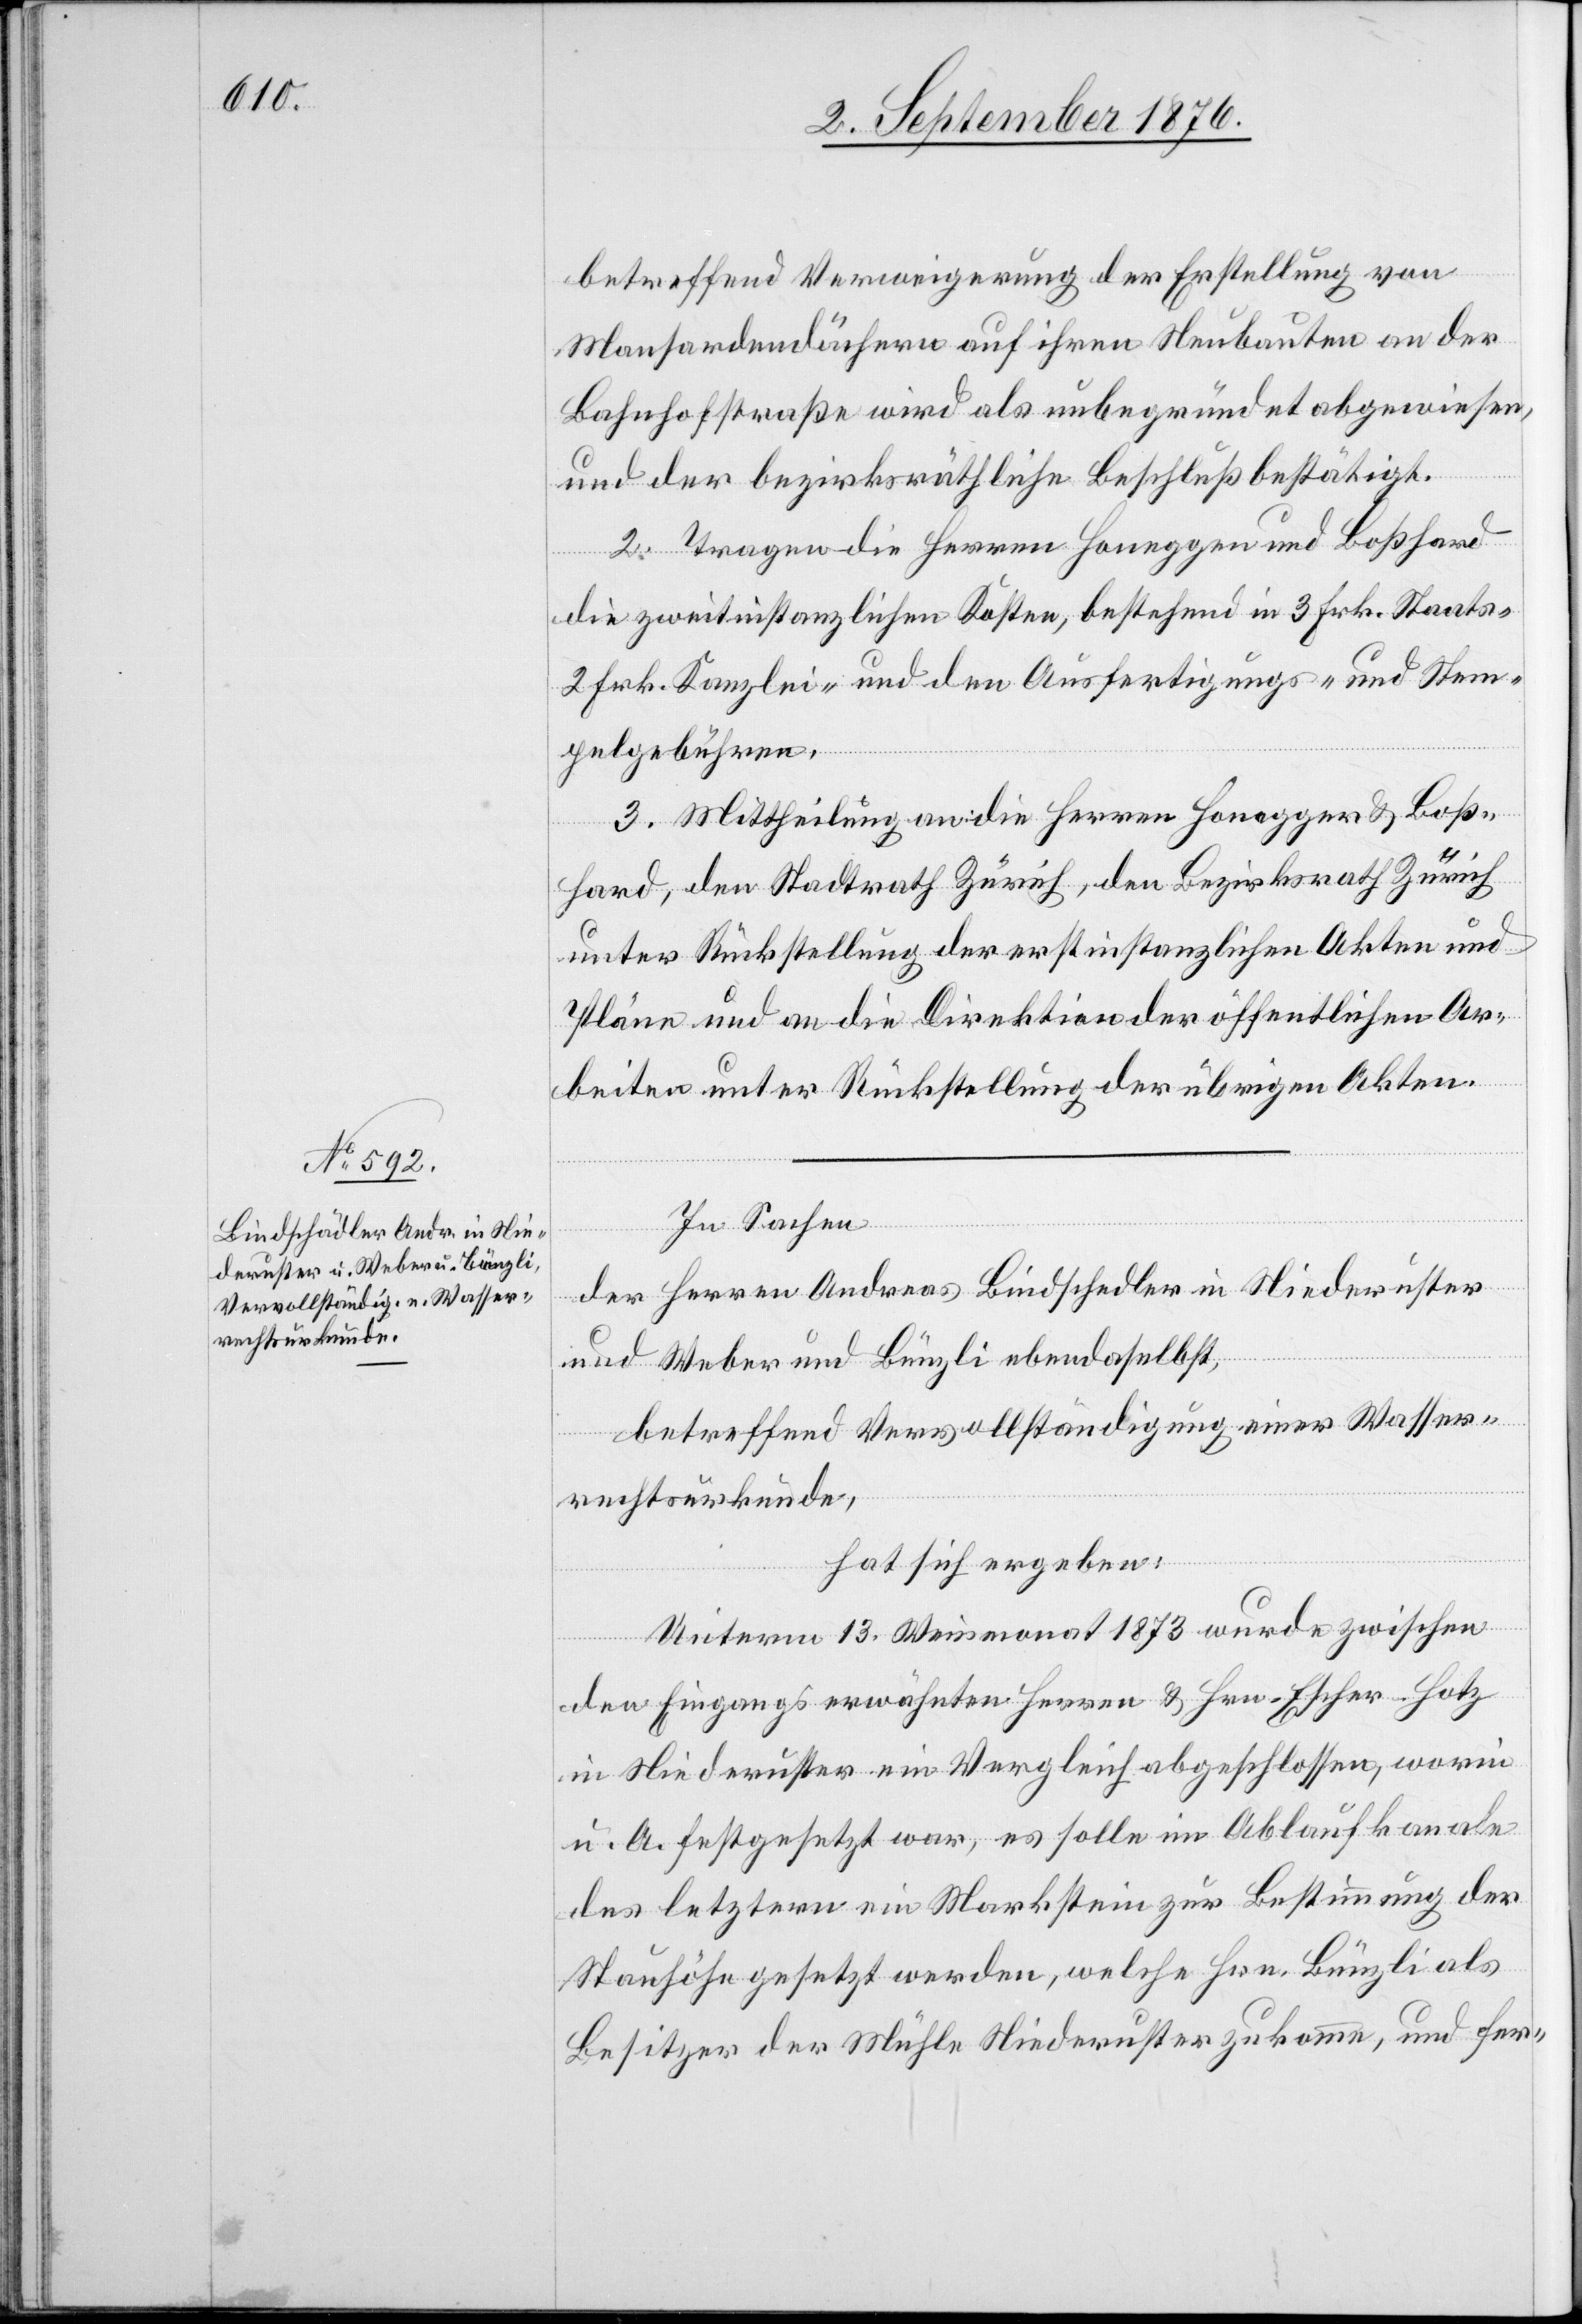
rechtsurkunde,

betreffend Verweigerung der Erstellung von
Mansardendächern auf ihren Neubauten an der
Bahnhofstraße wird als unbegründet abgewiesen,
und der bezirksräthliche Beschluß bestätigt.
2. Tragen die Herren Honegger und Boßhard
die zweitinstanzlichen Kosten, bestehend in 3 Frk. Staats-
2 Frk. Kanzlei- und den Ausfertigungs- und Stem¬
pelgebühren.
3. Mittheilung an die Herren Honegger & Boß¬
hard, den Stadtrath Zürich, den Bezirksrath Zürich
unter Rückstellung der erstinstanzlichen Akten und
Pläne und an die Direktion der öffentlichen Ar¬
beiten unter Rückstellung der übrigen Akten.
In Sachen
der Herren Andreas Bindschedler [sic!] in Niederuster
und Weber und Bünzli ebendaselbst,
betreffend Vervollständigung einer Wasser¬
hat sich ergeben:
Unterm 13. Weinmonat 1873 wurde zwischen
den Eingangs erwähnten Herren & Hrn. Escher-Hotz
in Niederuster ein Vergleich abgeschlossen, worin
u. A. festgesetzt war, es solle im Ablaufkanale
des letztern ein Markstein zur Bestimmung der
Stauhöhe gesetzt werden, welche Hrn. Künzli als
Besitzer der Mühle Niederuster zukomme, und fer-